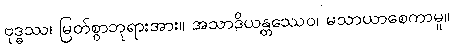
ဗုဒ္ဓဿ၊ မြတ်စွာဘုရားအား။ အသာဒိယန္တဿေဝ၊ မသာယာစေကာမူ။